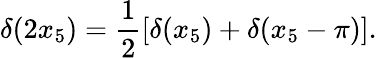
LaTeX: \delta(2x_{5})=\frac{1}{2}\left[\delta(x_{5})+\delta(x_{5}-\pi)\right].